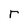
Character: r